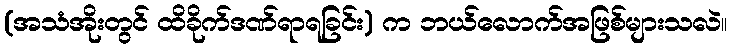
(အသံအိုးတွင် ထိခိုက်ဒဏ်ရာရခြင်း) က ဘယ်လောက်အဖြစ်များသလဲ။